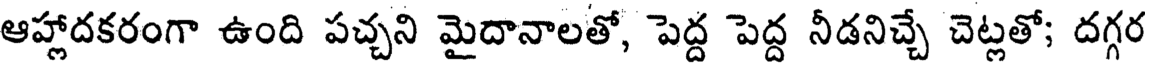
ఆహ్లాదకరంగా ఉంది పచ్చని మైదానాలతో, పెద్ద పెద్ద నీడనిచ్చే చెట్లతో; దగ్గర